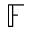
\mathbb { F }